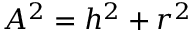
A ^ { 2 } = h ^ { 2 } + r ^ { 2 }